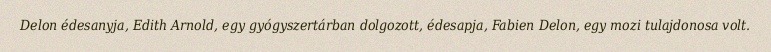
Delon édesanyja, Edith Arnold, egy gyógyszertárban dolgozott, édesapja, Fabien Delon, egy mozi tulajdonosa volt.